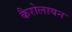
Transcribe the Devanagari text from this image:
कैरोलायन